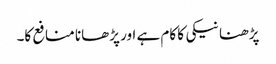
پڑھنا نیکی کا کام ہے اور پڑھانا منافع کا۔